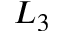
L _ { 3 }